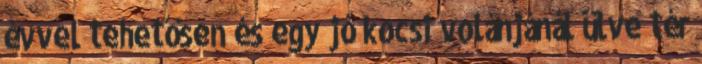
évvel tehetősen és egy jó kocsi volánjánál ülve tér